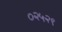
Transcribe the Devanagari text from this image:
०२५२९